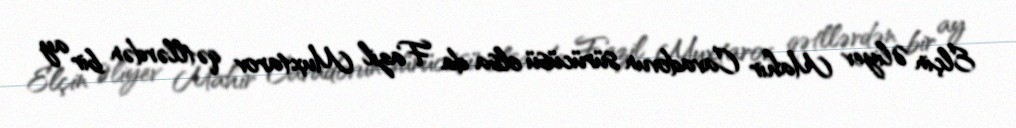
Elçin Əliyev Mahir Cavadovun sürücüsü olsa da Fazil Muxtarov qətllərdən bir ay